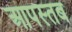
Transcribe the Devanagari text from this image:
आपस्तब